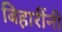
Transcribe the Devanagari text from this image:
बिहारींनी